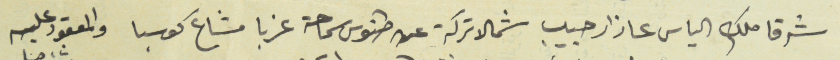
والمحل المسطورين سليخ ومختلف محسومة من اصل النومرو السابقة يحدها قبلة ملك المعقود له